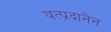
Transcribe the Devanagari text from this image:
यत्प्रदानेन